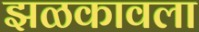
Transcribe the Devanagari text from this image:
झळकावला